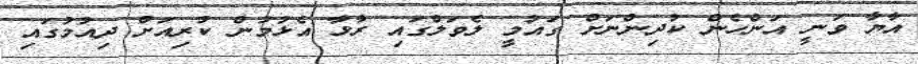
އާޔާ ވަނީ އަންހެން ކުދިންނަށް ގައުމީ ލެވަލްގައި ރާޅާ އެޅުމުން ކުރިއަށް ދިއުމުގައި